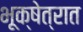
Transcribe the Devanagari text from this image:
भूक्षेत्रात